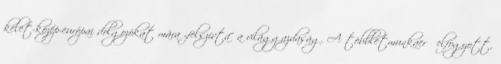
kelet-közép-európai dolgozókat mára „felszívta” a világgazdaság. A többletmunkaerő elfogyott,